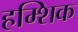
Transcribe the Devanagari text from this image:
हम्शिक